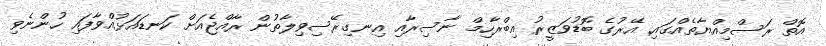
އޮތް ރަސްމިއްޔާތެއްގައި